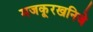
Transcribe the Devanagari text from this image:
मजकूरखनिजे